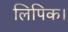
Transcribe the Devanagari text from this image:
लिपिक।